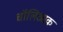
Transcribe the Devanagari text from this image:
चॉलिआक